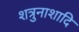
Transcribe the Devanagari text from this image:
शत्रुनाशादि